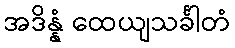
အဒိန္နံ ထေယျသင်္ခါတံ